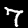
Digit: 7